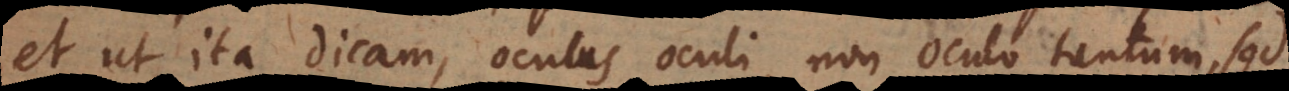
et ut ita dicam, oculus oculi, non oculo tantum, sed